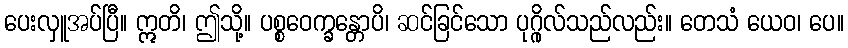
ပေးလှူအပ်ပြီ။ ဣတိ၊ ဤသို့။ ပစ္စဝေက္ခန္တောပိ၊ ဆင်ခြင်သော ပုဂ္ဂိုလ်သည်လည်း။ တေသံ ယေဝ၊ ပေ။